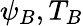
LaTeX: \psi_{B},T_{B}